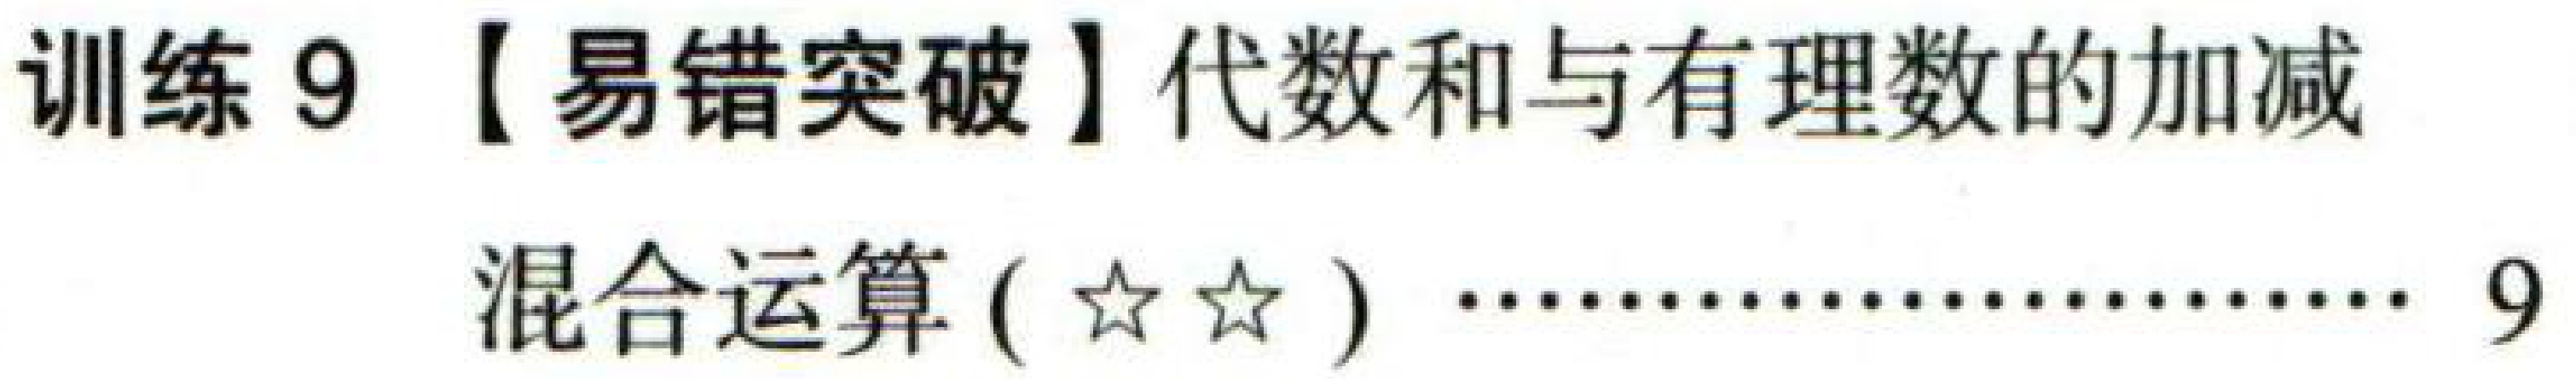
训练9【易错突破】代数和与有理数的加减
混合运算(☆☆)………………9